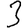
Digit: 3